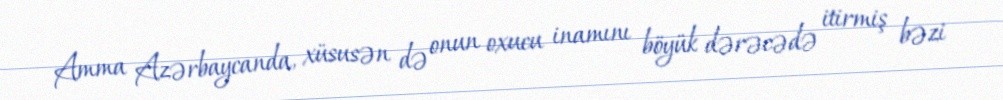
Amma Azərbaycanda, xüsusən də onun oxucu inamını böyük dərəcədə itirmiş bəzi